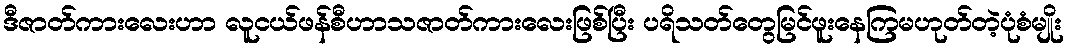
ဒီဇာတ်ကားလေးဟာ လူငယ်ဖန်စီဟာသဇာတ်ကားလေးဖြစ်ပြီး ပရိသတ်တွေမြင်ဖူးနေကြမဟုတ်တဲ့ပုံစံမျိုး